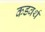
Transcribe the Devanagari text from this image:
कडवर्थ